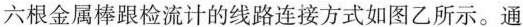
六根金属棒跟检流计的线路连接方式如图乙所示。通